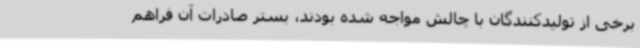
برخی از تولیدکنندگان با چالش مواجه شده بودند، بستر صادرات آن فراهم